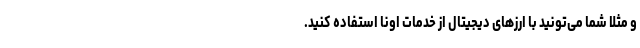
و مثلاً شما می‌­تونید با ارزهای دیجیتال از خدمات اونا استفاده کنید.